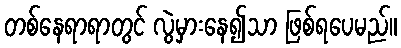
တစ်နေရာရာတွင် လွဲမှားနေ၍သာ ဖြစ်ရပေမည်။